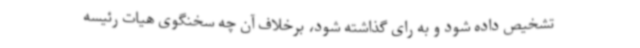
تشخیص داده شود و به رای گذاشته شود، برخلاف آن چه سخنگوی هیات رئیسه